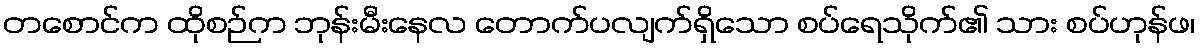
တစောင်က ထိုစဉ်က ဘုန်းမီးနေလ တောက်ပလျက်ရှိသော စပ်ရေသိုက်၏ သား စပ်ဟုန်ဖ၊